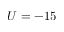
U = - 1 5